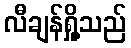
လီချန်ရှို့သည်